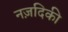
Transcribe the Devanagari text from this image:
नज़दिकी